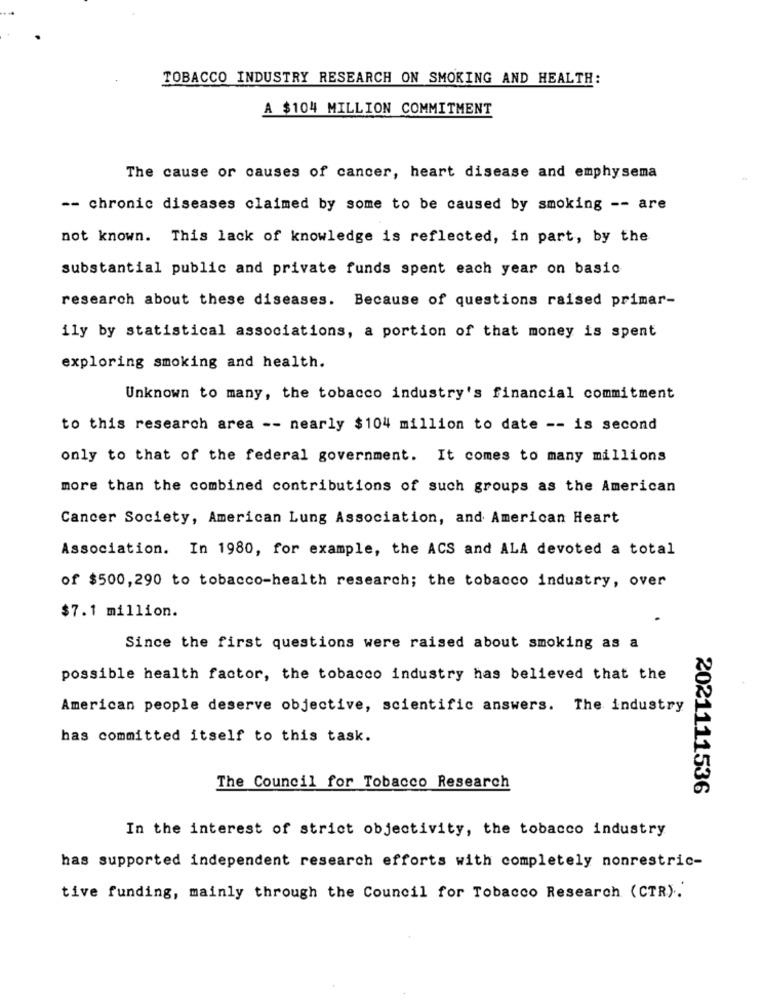
TOBACCO INDUSTRY RESEARCH ON SMOKING AND HEALTH:
A $104 MILLION COMMITMENT
The cause or causes of cancer, heart disease and emphysema
-- chronic diseases claimed by some to be caused by smoking -- are
not known. This lack of knowledge is reflected, in part, by the
substantial public and private funds spent each year on basic
research about these diseases. Because of questions raised primar-
ily by statistical associations, a portion of that money is spent
exploring smoking and health.
Unknown to many, the tobacco industry's financial commitment
to this research area -- nearly $104 million to date -- is second
only to that of the federal government. It comes to many millions
more than the combined contributions of such groups as the American
Cancer Society, American Lung Association, and American Heart
Association. In 1980, for example, the ACS and ALA devoted a total
of $500, 290 to tobacco-health research; the tobacco industry, over
$7.1 million.
Since the first questions were raised about smoking as a
possible health factor, the tobacco industry has believed that the
American people deserve objective, scientific answers. The industry
has committed itself to this task.
The Council for Tobacco Research
2021111536
In the interest of strict objectivity, the tobacco industry
has supported independent research efforts with completely nonrestric-
tive funding, mainly through the Council for Tobacco Research (CTR).